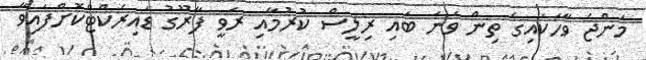
މަންޖެ ވާހަކައިގެ ތިން ވަނަ ބައި ރިލީސް ކުރުމާއި ރަވީ ފާރޫގު ޑައިރެކްޓްކޮށްފައިވާ